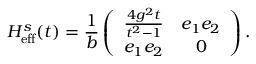
H _ { \mathrm { e f f } } ^ { s } ( t ) = \frac { 1 } { b } \left( \begin{array} { c c } { \frac { 4 g ^ { 2 } t } { t ^ { 2 } - 1 } } & { e _ { 1 } e _ { 2 } } \\ { e _ { 1 } e _ { 2 } } & { 0 } \end{array} \right) .